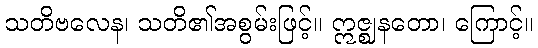
သတိဗလေန၊ သတိ၏အစွမ်းဖြင့်။ ဣဇ္ဈနတော၊ ကြောင့်။